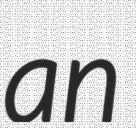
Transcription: an